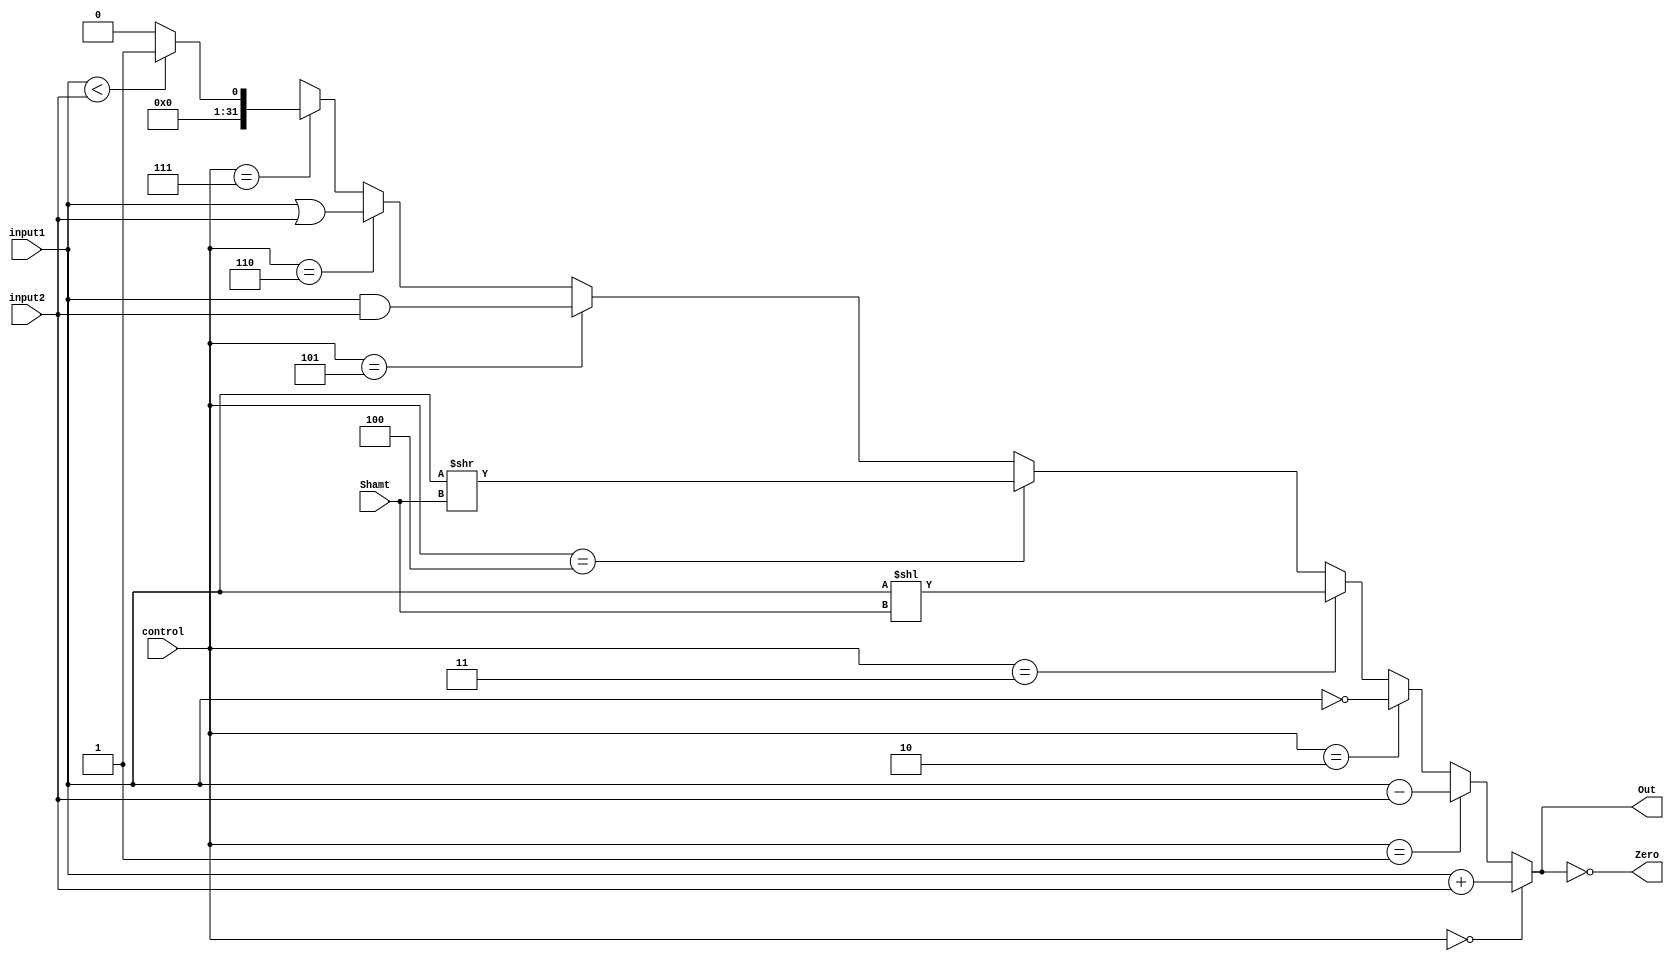
`timescale 1ns / 1ps

module alu(
	input  [3:0]	control,
	input  [31:0]	input1,
	input  [31:0]	input2,
	input  [4:0] 	Shamt,
	output [31:0]	Out,
	output 			Zero
);

	wire [31:0] input1_32 = input1;//{{16{input1[15]}}, input1[15:0]};
	wire [31:0] input2_32 = input2;//{{16{input2[15]}}, input2[15:0]};

	assign Out =
		control == 4'b0000 ? input1_32 + input2_32 :
		control == 4'b0001 ? input1_32 - input2_32 :
		control == 4'b0010 ? ~input1_32 :
		control == 4'b0011 ? input1_32 << Shamt :
		control == 4'b0100 ? input1_32 >> Shamt :
		control == 4'b0101 ? input1_32 & input2_32 :
		control == 4'b0110 ? input1_32 | input2_32 :
		control == 4'b0111 ? (input1_32 < input2_32 ? 32'd1 : 32'd0) :
									32'dx; // error
			
	assign Zero = Out == 0;

endmodule